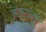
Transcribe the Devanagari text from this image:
जंक्शनचे